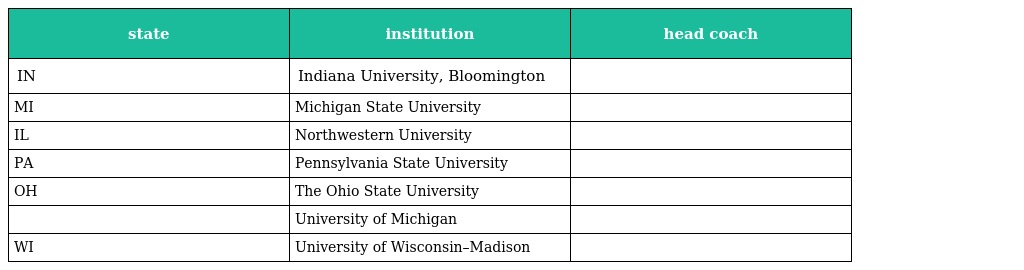
| state | institution | head coach |
 | --- | --- | --- |
 | IN | Indiana University, Bloomington |  |
 | MI | Michigan State University |  |
 | IL | Northwestern University |  |
 | PA | Pennsylvania State University |  |
 | OH | The Ohio State University |  |
 |  | University of Michigan |  |
 | WI | University of Wisconsin–Madison |  |